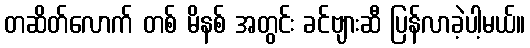
တဆိတ်လောက် တစ် မိနစ် အတွင်း ခင်ဗျားဆီ ပြန်လာခဲ့ပါ့မယ်။